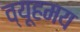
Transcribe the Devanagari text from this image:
व्यूहमय